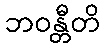
ဘဝန္တီတိ